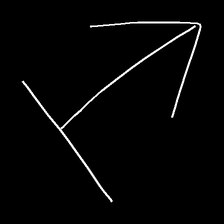
Glyph: levitation